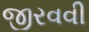
જીરવવી